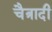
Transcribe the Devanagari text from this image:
चैत्रादी